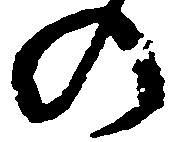
の